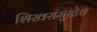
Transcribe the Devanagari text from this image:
शिखरांमुळेच